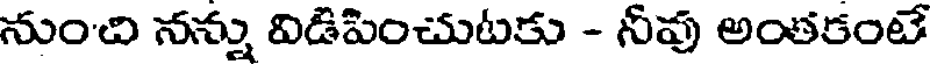
నుంచి నన్ను విడిపించుటకు - నీవు అంతకంటే